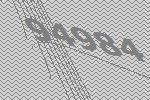
94984